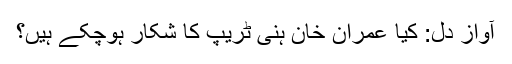
آوازِ دل: کیا عمران خان ہنی ٹریپ کا شکار ہوچکے ہیں؟